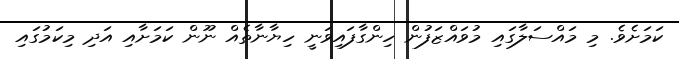
ކަމަށެވެ. މި މައްސަލާގައި މުވައްޒަފުން ހިންގާފައިވަނީ ހިޔާނާތެއް ނޫން ކަމަށާއި އަދި މިކަމުގައި